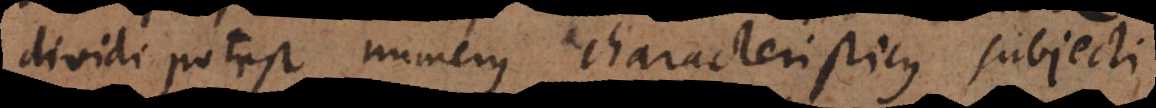
dividi potest numerus characteristicus subjecti,